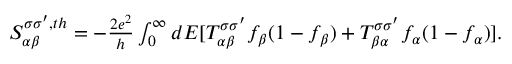
\begin{array} { r } { { S _ { \alpha \beta } ^ { \sigma \sigma ^ { \prime } , t h } } = - \frac { 2 e ^ { 2 } } { h } \int _ { 0 } ^ { \infty } d E [ T _ { \alpha \beta } ^ { \sigma \sigma ^ { \prime } } f _ { \beta } ( 1 - f _ { \beta } ) + T _ { \beta \alpha } ^ { \sigma \sigma ^ { \prime } } f _ { \alpha } ( 1 - f _ { \alpha } ) ] . } \end{array}